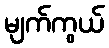
မျက်ကွယ်